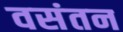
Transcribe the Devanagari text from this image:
वसंतन